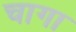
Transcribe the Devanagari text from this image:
चागा